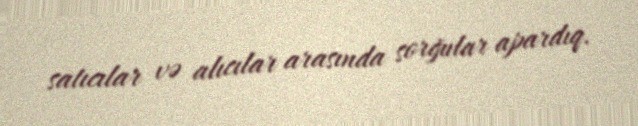
satıcılar və alıcılar arasında sorğular apardıq.